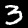
Label: 3